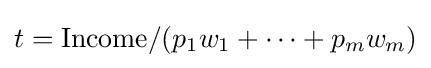
t={\text{Income}}/(p_{1}w_{1}+\dots +p_{m}w_{m})